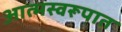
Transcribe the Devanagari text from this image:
आत्मस्वरूपात